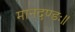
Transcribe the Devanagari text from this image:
मानदण्डः॥